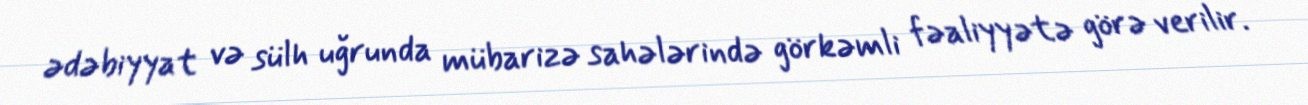
ədəbiyyat və sülh uğrunda mübarizə sahələrində görkəmli fəaliyyətə görə verilir.